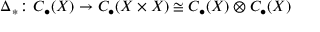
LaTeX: \Delta _ { * } \colon C _ { \bullet } ( X ) \to C _ { \bullet } ( X \times X ) \cong C _ { \bullet } ( X ) \otimes C _ { \bullet } ( X )